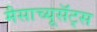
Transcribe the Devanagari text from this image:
मैसाच्यूसॅट्स